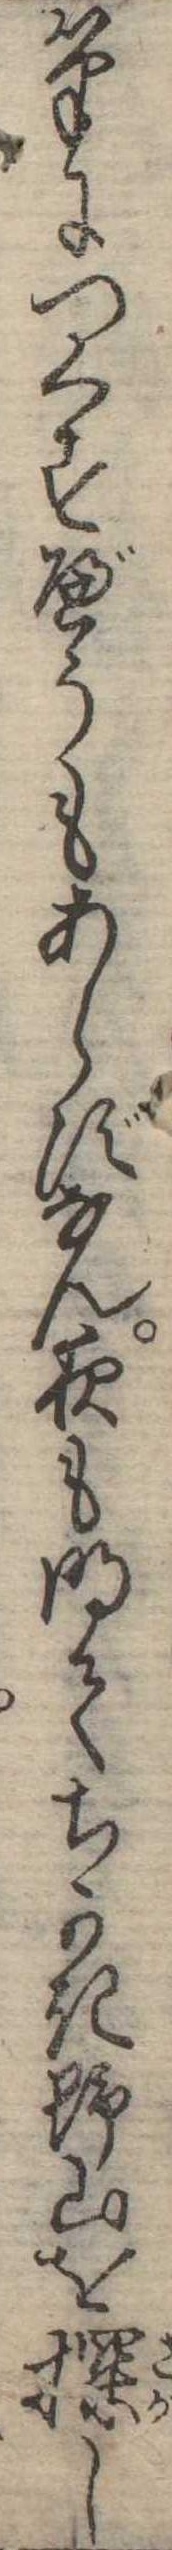
筆につくすべうもあらずなん夜も明てちかき野山を探し